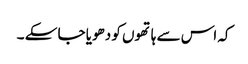
کہ اس سے ہاتھوں کو دھویا جا سکے ۔